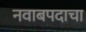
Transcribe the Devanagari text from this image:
नवाबपदाचा